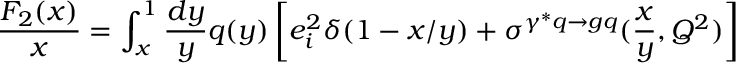
\frac { F _ { 2 } ( x ) } { x } = \int _ { x } ^ { 1 } \frac { d y } { y } q ( y ) \left[ e _ { i } ^ { 2 } \delta ( 1 - x / y ) + \sigma ^ { \gamma ^ { * } q \to g q } ( \frac { x } { y } , Q ^ { 2 } ) \right]